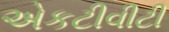
એકટીવીટી